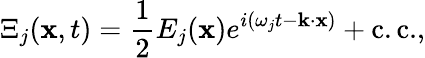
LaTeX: \Xi_{j}(\mathbf{x},t)={\frac{1}{2}}E_{j}(\mathbf{x})e^{i(\omega_{j}t-\mathbf{k}\cdot\mathbf{x})}+{\mathrm{c.c.}},